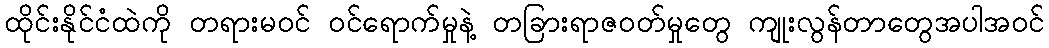
ထိုင်းနိုင်ငံထဲကို တရားမဝင် ဝင်ရောက်မှုနဲ့ တခြားရာဇဝတ်မှုတွေ ကျုးလွန်တာတွေအပါအဝင်